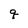
Character: q